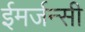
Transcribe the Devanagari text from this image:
ईमर्जन्सी